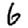
Digit: 6